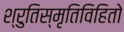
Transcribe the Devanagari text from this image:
श्रुतिस्मृतिविहितो